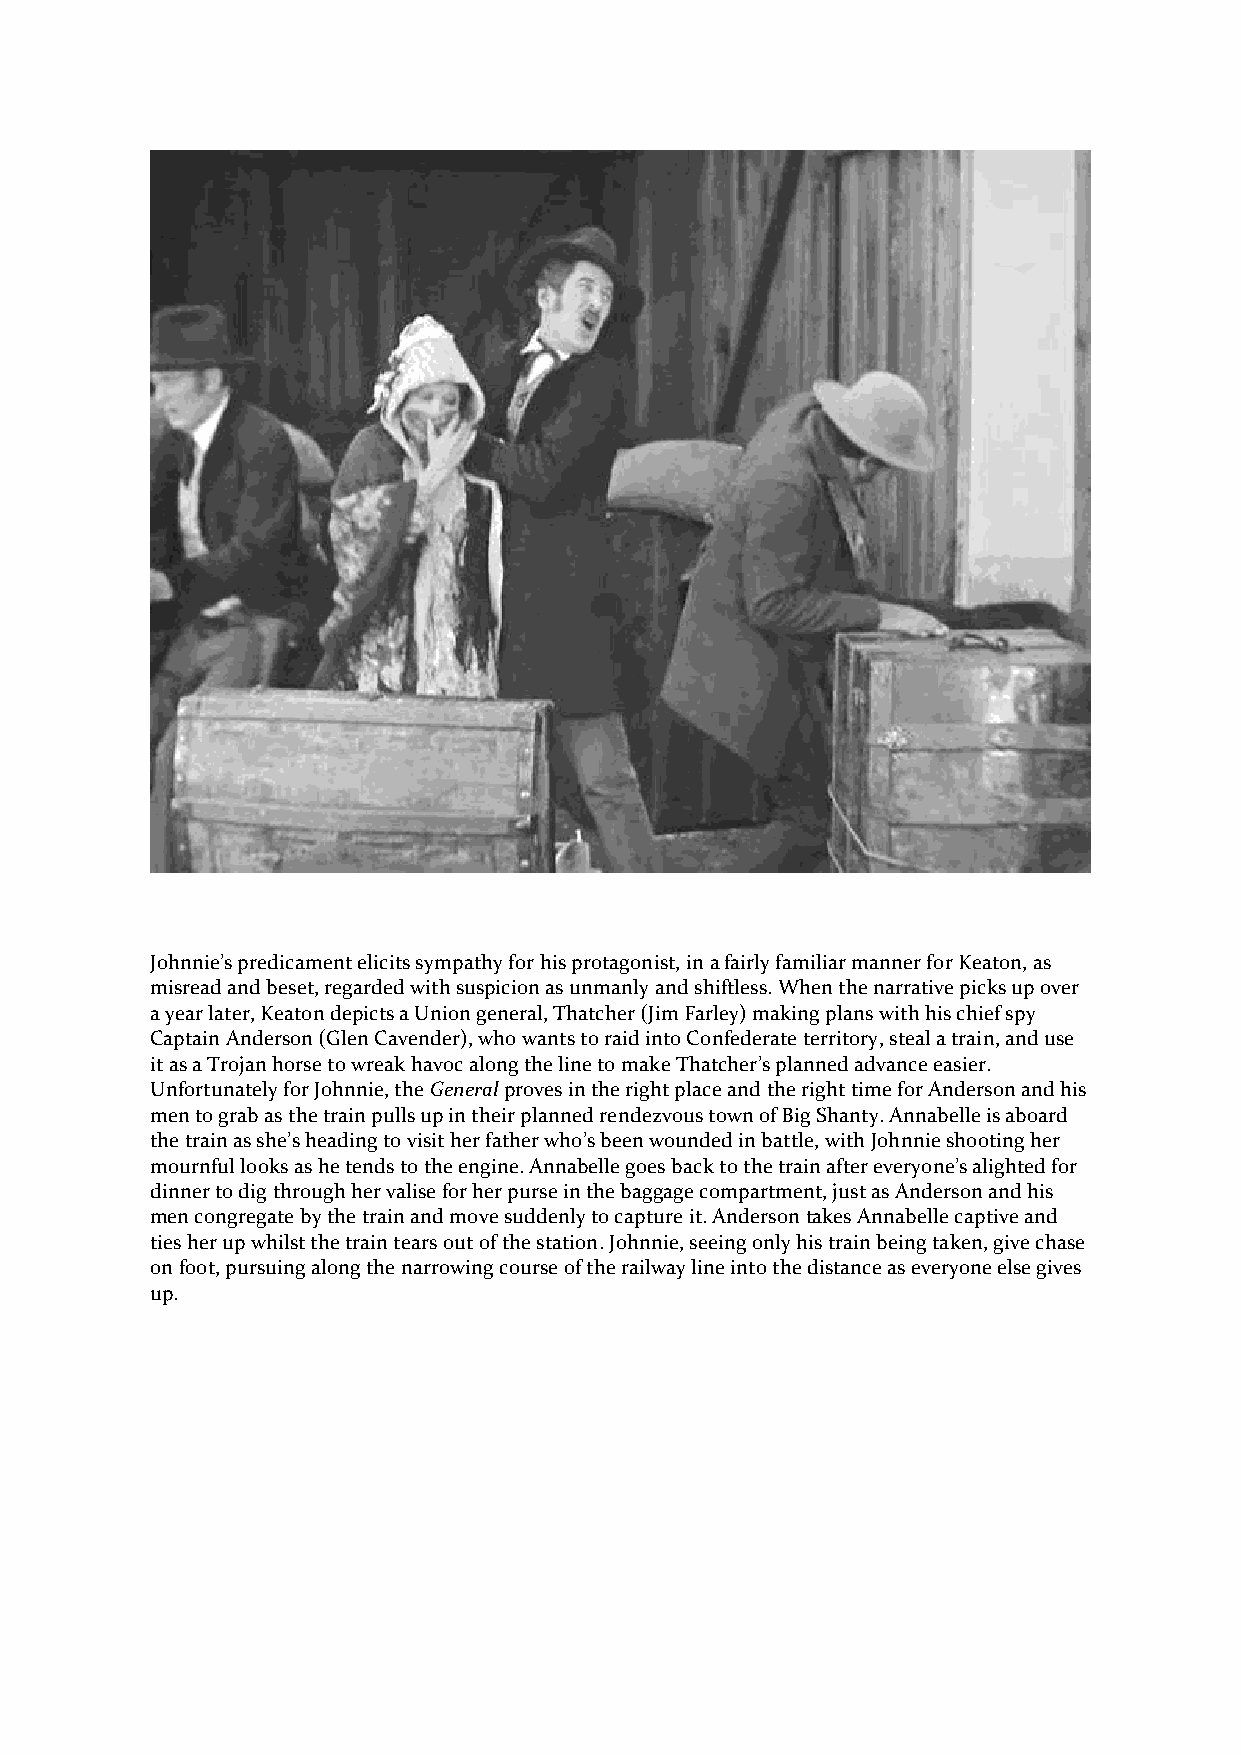
Johnnie’s predicament elicits sympathy for his protagonist, in a fairly familiar manner for Keaton, as
 misread and beset, regarded with suspicion as unmanly and shiftless. When the narrative picks up over
 a year later, Keaton depicts a Union general, Thatcher (Jim Farley) making plans with his chief spy
 Captain Anderson (Glen Cavender), who wants to raid into Confederate territory, steal a train, and use
 it as a Trojan horse to wreak havoc along the line to make Thatcher’s planned advance easier.
 Unfortunately for Johnnie, the General proves in the right place and the right time for Anderson and his
 men to grab as the train pulls up in their planned rendezvous town of Big Shanty. Annabelle is aboard
 the train as she’s heading to visit her father who’s been wounded in battle, with Johnnie shooting her
 mournful looks as he tends to the engine. Annabelle goes back to the train after everyone’s alighted for
 dinner to dig through her valise for her purse in the baggage compartment, just as Anderson and his
 men congregate by the train and move suddenly to capture it. Anderson takes Annabelle captive and
 ties her up whilst the train tears out of the station. Johnnie, seeing only his train being taken, give chase
 on foot, pursuing along the narrowing course of the railway line into the distance as everyone else gives
 up.